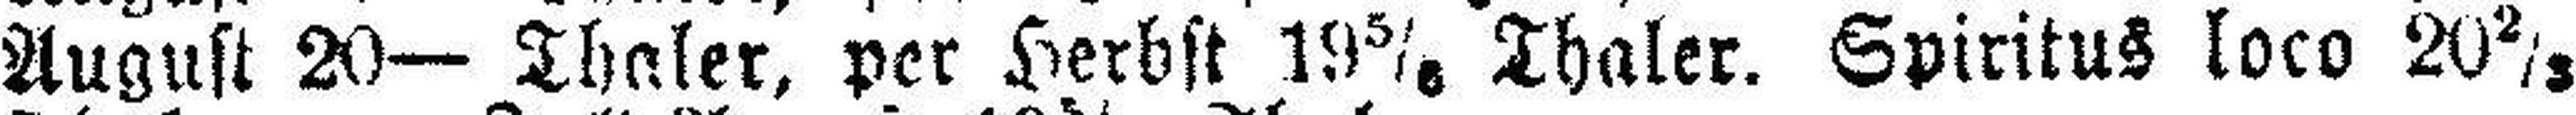
August 20— Thaler, per Herbst 19 5/6 Thaler. Spiritus loco 20 2/3